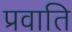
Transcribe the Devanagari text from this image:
प्रवाति